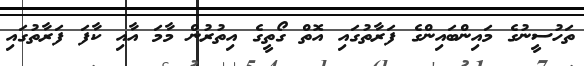
ތަހުސީނުގެ މައިންބައިންގެ ފަރާތުގައި އޮތް ގޯތީގެ އިތުރުން މާމަ އާއި ކާފަ ފަރާތުގައި